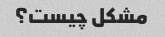
مشکل چیست؟